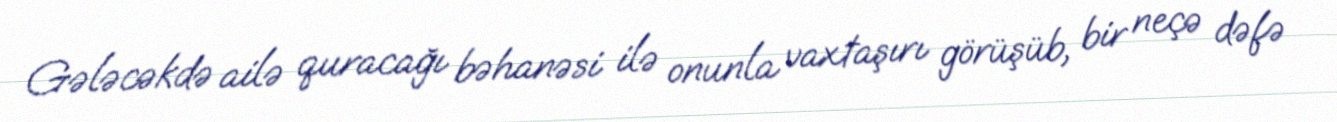
Gələcəkdə ailə quracağı bəhanəsi ilə onunla vaxtaşırı görüşüb, bir neçə dəfə